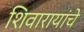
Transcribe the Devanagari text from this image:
शिवारायांचे